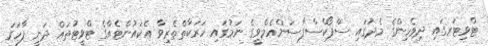
ޓްވިޓަރގައި ދިވެހިންގެ މެދުގައި ސްޕޯކްސްޕާސަންއެމްވީގެ ނަމުގައި ހަރަކާތްތެރިވާ އެކައުންޓެއްގެ ޓްވީޓުތައް ދަނީ ފާހަގަ